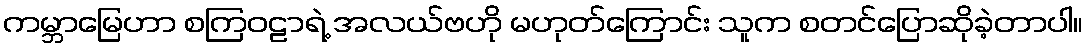
ကမ္ဘာမြေဟာ စကြဝဠာရဲ့ အလယ်ဗဟို မဟုတ်ကြောင်း သူက စတင်ပြောဆိုခဲ့တာပါ။